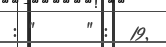
: "     " :  19